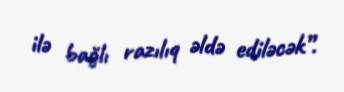
ilə bağlı razılıq əldə ediləcək”.